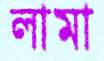
লামা